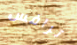
ترافس